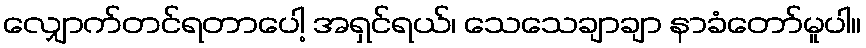
လျှောက်တင်ရတာပေါ့ အရှင်ရယ်၊ သေသေချာချာ နာခံတော်မူပါ။